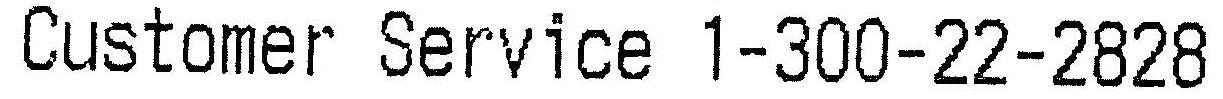
CUSTOMER SERVICE 1-300-22-2828